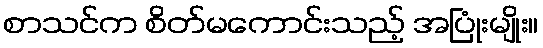
စာသင်က စိတ်မကောင်းသည့် အပြုံးမျိုး။